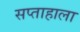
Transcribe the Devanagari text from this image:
सप्‍ताहाला